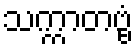
သက္ကာတဗ္ဗံ